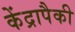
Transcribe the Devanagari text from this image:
केंद्रापैकी